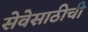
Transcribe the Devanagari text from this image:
सेवेसाठीची